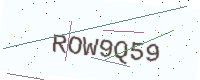
Text: ROW9Q59